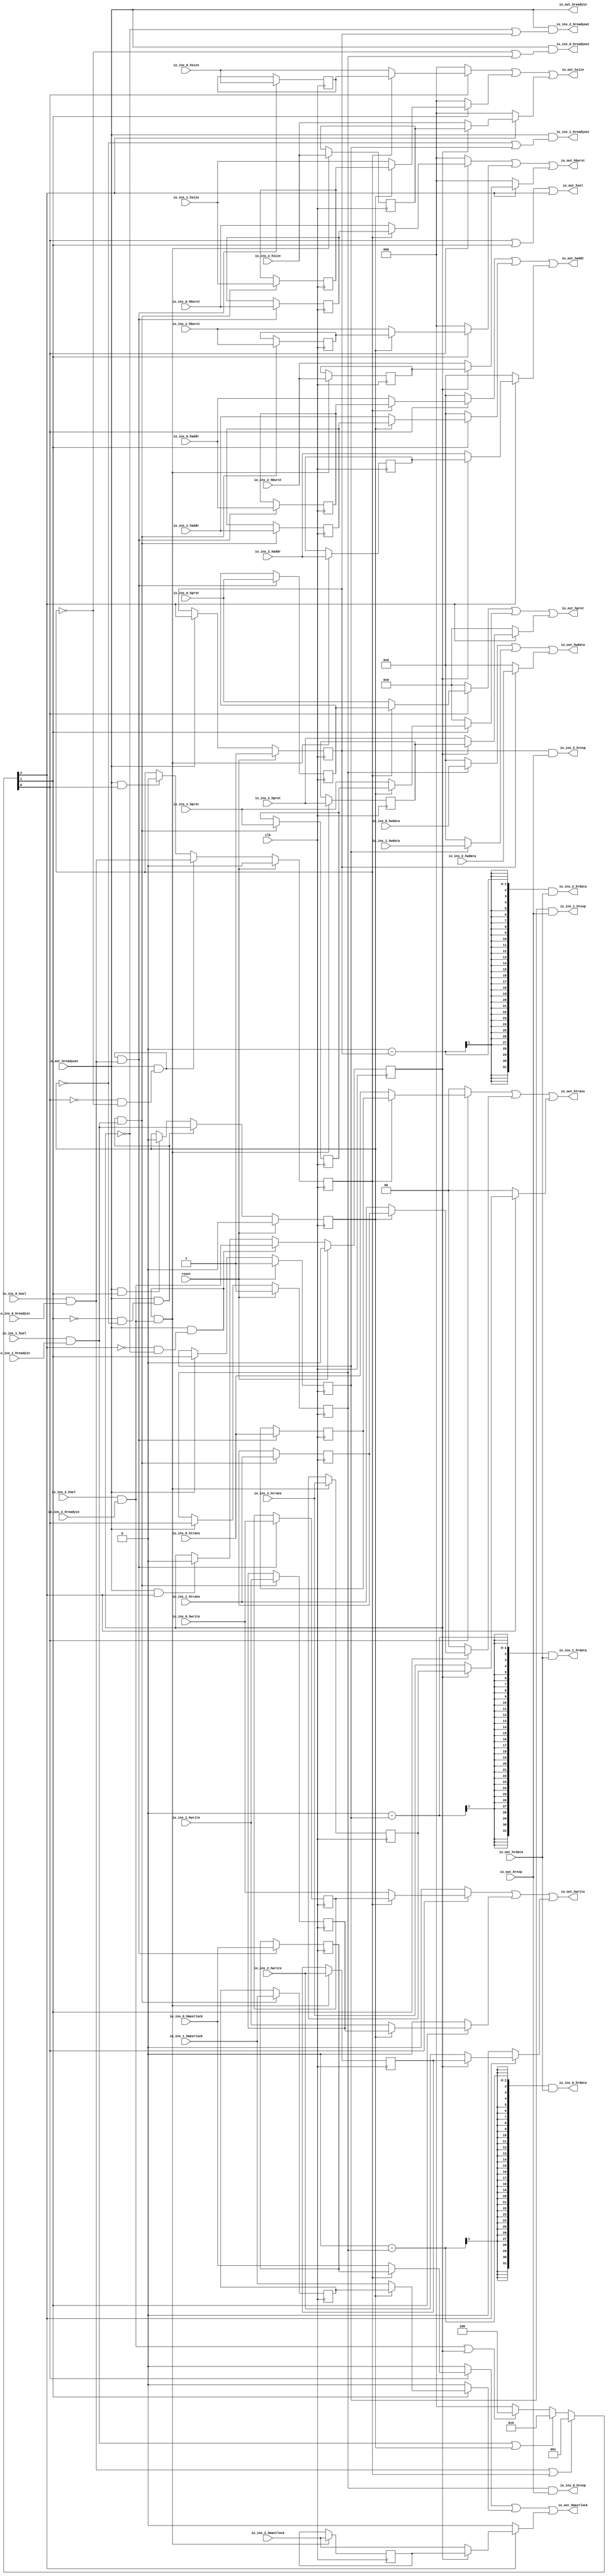

module HastiSlaveMux(input clk, input reset,
    input [31:0] io_ins_2_haddr,
    input  io_ins_2_hwrite,
    input [2:0] io_ins_2_hsize,
    input [2:0] io_ins_2_hburst,
    input [3:0] io_ins_2_hprot,
    input [1:0] io_ins_2_htrans,
    input  io_ins_2_hmastlock,
    input [31:0] io_ins_2_hwdata,
    output[31:0] io_ins_2_hrdata,
    input  io_ins_2_hsel,
    input  io_ins_2_hreadyin,
    output io_ins_2_hreadyout,
    output io_ins_2_hresp,
    input [31:0] io_ins_1_haddr,
    input  io_ins_1_hwrite,
    input [2:0] io_ins_1_hsize,
    input [2:0] io_ins_1_hburst,
    input [3:0] io_ins_1_hprot,
    input [1:0] io_ins_1_htrans,
    input  io_ins_1_hmastlock,
    input [31:0] io_ins_1_hwdata,
    output[31:0] io_ins_1_hrdata,
    input  io_ins_1_hsel,
    input  io_ins_1_hreadyin,
    output io_ins_1_hreadyout,
    output io_ins_1_hresp,
    input [31:0] io_ins_0_haddr,
    input  io_ins_0_hwrite,
    input [2:0] io_ins_0_hsize,
    input [2:0] io_ins_0_hburst,
    input [3:0] io_ins_0_hprot,
    input [1:0] io_ins_0_htrans,
    input  io_ins_0_hmastlock,
    input [31:0] io_ins_0_hwdata,
    output[31:0] io_ins_0_hrdata,
    input  io_ins_0_hsel,
    input  io_ins_0_hreadyin,
    output io_ins_0_hreadyout,
    output io_ins_0_hresp,
    output[31:0] io_out_haddr,
    output io_out_hwrite,
    output[2:0] io_out_hsize,
    output[2:0] io_out_hburst,
    output[3:0] io_out_hprot,
    output[1:0] io_out_htrans,
    output io_out_hmastlock,
    output[31:0] io_out_hwdata,
    input [31:0] io_out_hrdata,
    output io_out_hsel,
    output io_out_hreadyin,
    input  io_out_hreadyout,
    input  io_out_hresp
);

  wire T0;
  wire T1;
  wire[2:0] T2;
  wire[2:0] T3;
  wire[2:0] T4;
  wire requests_2;
  reg  R5;
  wire T168;
  wire T6;
  wire T7;
  wire T8;
  wire T9;
  wire T10;
  wire T11;
  wire T12;
  wire T13;
  wire T14;
  wire requests_1;
  reg  R15;
  wire T169;
  wire T16;
  wire T17;
  wire T18;
  wire T19;
  wire T20;
  wire T21;
  wire T22;
  wire T23;
  wire T24;
  wire T25;
  wire requests_0;
  reg  R26;
  wire T170;
  wire T27;
  wire T28;
  wire T29;
  wire T30;
  wire T31;
  wire T32;
  wire T33;
  wire T34;
  wire T35;
  wire T36;
  wire T37;
  wire[31:0] T38;
  wire[31:0] T39;
  reg  R40;
  wire T171;
  wire T41;
  wire[31:0] T42;
  wire[31:0] T43;
  reg  R44;
  wire T172;
  wire T45;
  wire[31:0] T46;
  reg  R47;
  wire T173;
  wire T48;
  wire T49;
  wire T50;
  wire T51;
  reg  R52;
  wire T53;
  wire T54;
  wire T55;
  wire T56;
  wire T57;
  reg  R58;
  wire T59;
  wire T60;
  wire T61;
  wire T62;
  reg  R63;
  wire T64;
  wire T65;
  wire[1:0] T66;
  wire[1:0] T67;
  wire[1:0] T68;
  reg [1:0] R69;
  wire[1:0] T70;
  wire[1:0] T71;
  wire[1:0] T72;
  wire[1:0] T73;
  reg [1:0] R74;
  wire[1:0] T75;
  wire[1:0] T76;
  wire[1:0] T77;
  reg [1:0] R78;
  wire[1:0] T79;
  wire[3:0] T80;
  wire[3:0] T81;
  wire[3:0] T82;
  reg [3:0] R83;
  wire[3:0] T84;
  wire[3:0] T85;
  wire[3:0] T86;
  wire[3:0] T87;
  reg [3:0] R88;
  wire[3:0] T89;
  wire[3:0] T90;
  wire[3:0] T91;
  reg [3:0] R92;
  wire[3:0] T93;
  wire[2:0] T94;
  wire[2:0] T95;
  wire[2:0] T96;
  reg [2:0] R97;
  wire[2:0] T98;
  wire[2:0] T99;
  wire[2:0] T100;
  wire[2:0] T101;
  reg [2:0] R102;
  wire[2:0] T103;
  wire[2:0] T104;
  wire[2:0] T105;
  reg [2:0] R106;
  wire[2:0] T107;
  wire[2:0] T108;
  wire[2:0] T109;
  wire[2:0] T110;
  reg [2:0] R111;
  wire[2:0] T112;
  wire[2:0] T113;
  wire[2:0] T114;
  wire[2:0] T115;
  reg [2:0] R116;
  wire[2:0] T117;
  wire[2:0] T118;
  wire[2:0] T119;
  reg [2:0] R120;
  wire[2:0] T121;
  wire T122;
  wire T123;
  wire T124;
  reg  R125;
  wire T126;
  wire T127;
  wire T128;
  wire T129;
  reg  R130;
  wire T131;
  wire T132;
  wire T133;
  reg  R134;
  wire T135;
  wire[31:0] T136;
  wire[31:0] T137;
  wire[31:0] T138;
  reg [31:0] R139;
  wire[31:0] T140;
  wire[31:0] T141;
  wire[31:0] T142;
  wire[31:0] T143;
  reg [31:0] R144;
  wire[31:0] T145;
  wire[31:0] T146;
  wire[31:0] T147;
  reg [31:0] R148;
  wire[31:0] T149;
  wire T150;
  wire T151;
  wire T152;
  wire T153;
  wire[31:0] T154;
  wire[31:0] T155;
  wire[31:0] T174;
  wire T156;
  wire T157;
  wire T158;
  wire T159;
  wire[31:0] T160;
  wire[31:0] T161;
  wire[31:0] T175;
  wire T162;
  wire T163;
  wire T164;
  wire T165;
  wire[31:0] T166;
  wire[31:0] T167;
  wire[31:0] T176;

`ifndef AHBMLI_SYNTHESIS
// synthesis translate_off
  integer initvar;
  initial begin
    #0.002;
    R5 = {1{$random}};
    R15 = {1{$random}};
    R26 = {1{$random}};
    R40 = {1{$random}};
    R44 = {1{$random}};
    R47 = {1{$random}};
    R52 = {1{$random}};
    R58 = {1{$random}};
    R63 = {1{$random}};
    R69 = {1{$random}};
    R74 = {1{$random}};
    R78 = {1{$random}};
    R83 = {1{$random}};
    R88 = {1{$random}};
    R92 = {1{$random}};
    R97 = {1{$random}};
    R102 = {1{$random}};
    R106 = {1{$random}};
    R111 = {1{$random}};
    R116 = {1{$random}};
    R120 = {1{$random}};
    R125 = {1{$random}};
    R130 = {1{$random}};
    R134 = {1{$random}};
    R139 = {1{$random}};
    R144 = {1{$random}};
    R148 = {1{$random}};
  end
// synthesis translate_on
`endif

  assign io_out_hreadyin = io_out_hreadyout;
  assign io_out_hsel = T0;
  assign T0 = T37 | T1;
  assign T1 = T2[2'h2];
  assign T2 = requests_0 ? 3'h1 : T3;
  assign T3 = requests_1 ? 3'h2 : T4;
  assign T4 = requests_2 ? 3'h4 : 3'h0;
  assign requests_2 = T14 | R5;
  assign T168 = reset ? 1'h0 : T6;
  assign T6 = T10 ? T9 : T7;
  assign T7 = T8 ? 1'h0 : R5;
  assign T8 = io_out_hreadyout & T1;
  assign T9 = io_ins_2_hsel & io_ins_2_hreadyin;
  assign T10 = io_out_hreadyout & T11;
  assign T11 = T13 & T12;
  assign T12 = R5 ^ 1'h1;
  assign T13 = T1 ^ 1'h1;
  assign T14 = io_ins_2_hsel & io_ins_2_hreadyin;
  assign requests_1 = T25 | R15;
  assign T169 = reset ? 1'h0 : T16;
  assign T16 = T21 ? T20 : T17;
  assign T17 = T18 ? 1'h0 : R15;
  assign T18 = io_out_hreadyout & T19;
  assign T19 = T2[1'h1];
  assign T20 = io_ins_1_hsel & io_ins_1_hreadyin;
  assign T21 = io_out_hreadyout & T22;
  assign T22 = T24 & T23;
  assign T23 = R15 ^ 1'h1;
  assign T24 = T19 ^ 1'h1;
  assign T25 = io_ins_1_hsel & io_ins_1_hreadyin;
  assign requests_0 = T36 | R26;
  assign T170 = reset ? 1'h0 : T27;
  assign T27 = T32 ? T31 : T28;
  assign T28 = T29 ? 1'h0 : R26;
  assign T29 = io_out_hreadyout & T30;
  assign T30 = T2[1'h0];
  assign T31 = io_ins_0_hsel & io_ins_0_hreadyin;
  assign T32 = io_out_hreadyout & T33;
  assign T33 = T35 & T34;
  assign T34 = R26 ^ 1'h1;
  assign T35 = T30 ^ 1'h1;
  assign T36 = io_ins_0_hsel & io_ins_0_hreadyin;
  assign T37 = T30 | T19;
  assign io_out_hwdata = T38;
  assign T38 = T42 | T39;
  assign T39 = R40 ? io_ins_2_hwdata : 32'h0;
  assign T171 = reset ? 1'h1 : T41;
  assign T41 = io_out_hreadyout ? T1 : R40;
  assign T42 = T46 | T43;
  assign T43 = R44 ? io_ins_1_hwdata : 32'h0;
  assign T172 = reset ? 1'h1 : T45;
  assign T45 = io_out_hreadyout ? T19 : R44;
  assign T46 = R47 ? io_ins_0_hwdata : 32'h0;
  assign T173 = reset ? 1'h1 : T48;
  assign T48 = io_out_hreadyout ? T30 : R47;
  assign io_out_hmastlock = T49;
  assign T49 = T55 | T50;
  assign T50 = T1 ? T51 : 1'h0;
  assign T51 = R5 ? R52 : io_ins_2_hmastlock;
  assign T53 = T54 ? io_ins_2_hmastlock : R52;
  assign T54 = T10 & T9;
  assign T55 = T61 | T56;
  assign T56 = T19 ? T57 : 1'h0;
  assign T57 = R15 ? R58 : io_ins_1_hmastlock;
  assign T59 = T60 ? io_ins_1_hmastlock : R58;
  assign T60 = T21 & T20;
  assign T61 = T30 ? T62 : 1'h0;
  assign T62 = R26 ? R63 : io_ins_0_hmastlock;
  assign T64 = T65 ? io_ins_0_hmastlock : R63;
  assign T65 = T32 & T31;
  assign io_out_htrans = T66;
  assign T66 = T71 | T67;
  assign T67 = T1 ? T68 : 2'h0;
  assign T68 = R5 ? R69 : io_ins_2_htrans;
  assign T70 = T54 ? io_ins_2_htrans : R69;
  assign T71 = T76 | T72;
  assign T72 = T19 ? T73 : 2'h0;
  assign T73 = R15 ? R74 : io_ins_1_htrans;
  assign T75 = T60 ? io_ins_1_htrans : R74;
  assign T76 = T30 ? T77 : 2'h0;
  assign T77 = R26 ? R78 : io_ins_0_htrans;
  assign T79 = T65 ? io_ins_0_htrans : R78;
  assign io_out_hprot = T80;
  assign T80 = T85 | T81;
  assign T81 = T1 ? T82 : 4'h0;
  assign T82 = R5 ? R83 : io_ins_2_hprot;
  assign T84 = T54 ? io_ins_2_hprot : R83;
  assign T85 = T90 | T86;
  assign T86 = T19 ? T87 : 4'h0;
  assign T87 = R15 ? R88 : io_ins_1_hprot;
  assign T89 = T60 ? io_ins_1_hprot : R88;
  assign T90 = T30 ? T91 : 4'h0;
  assign T91 = R26 ? R92 : io_ins_0_hprot;
  assign T93 = T65 ? io_ins_0_hprot : R92;
  assign io_out_hburst = T94;
  assign T94 = T99 | T95;
  assign T95 = T1 ? T96 : 3'h0;
  assign T96 = R5 ? R97 : io_ins_2_hburst;
  assign T98 = T54 ? io_ins_2_hburst : R97;
  assign T99 = T104 | T100;
  assign T100 = T19 ? T101 : 3'h0;
  assign T101 = R15 ? R102 : io_ins_1_hburst;
  assign T103 = T60 ? io_ins_1_hburst : R102;
  assign T104 = T30 ? T105 : 3'h0;
  assign T105 = R26 ? R106 : io_ins_0_hburst;
  assign T107 = T65 ? io_ins_0_hburst : R106;
  assign io_out_hsize = T108;
  assign T108 = T113 | T109;
  assign T109 = T1 ? T110 : 3'h0;
  assign T110 = R5 ? R111 : io_ins_2_hsize;
  assign T112 = T54 ? io_ins_2_hsize : R111;
  assign T113 = T118 | T114;
  assign T114 = T19 ? T115 : 3'h0;
  assign T115 = R15 ? R116 : io_ins_1_hsize;
  assign T117 = T60 ? io_ins_1_hsize : R116;
  assign T118 = T30 ? T119 : 3'h0;
  assign T119 = R26 ? R120 : io_ins_0_hsize;
  assign T121 = T65 ? io_ins_0_hsize : R120;
  assign io_out_hwrite = T122;
  assign T122 = T127 | T123;
  assign T123 = T1 ? T124 : 1'h0;
  assign T124 = R5 ? R125 : io_ins_2_hwrite;
  assign T126 = T54 ? io_ins_2_hwrite : R125;
  assign T127 = T132 | T128;
  assign T128 = T19 ? T129 : 1'h0;
  assign T129 = R15 ? R130 : io_ins_1_hwrite;
  assign T131 = T60 ? io_ins_1_hwrite : R130;
  assign T132 = T30 ? T133 : 1'h0;
  assign T133 = R26 ? R134 : io_ins_0_hwrite;
  assign T135 = T65 ? io_ins_0_hwrite : R134;
  assign io_out_haddr = T136;
  assign T136 = T141 | T137;
  assign T137 = T1 ? T138 : 32'h0;
  assign T138 = R5 ? R139 : io_ins_2_haddr;
  assign T140 = T54 ? io_ins_2_haddr : R139;
  assign T141 = T146 | T142;
  assign T142 = T19 ? T143 : 32'h0;
  assign T143 = R15 ? R144 : io_ins_1_haddr;
  assign T145 = T60 ? io_ins_1_haddr : R144;
  assign T146 = T30 ? T147 : 32'h0;
  assign T147 = R26 ? R148 : io_ins_0_haddr;
  assign T149 = T65 ? io_ins_0_haddr : R148;
  assign io_ins_0_hresp = T150;
  assign T150 = R47 & io_out_hresp;
  assign io_ins_0_hreadyout = T151;
  assign T151 = io_out_hreadyout & T152;
  assign T152 = T153 | R47;
  assign T153 = R26 ^ 1'h1;
  assign io_ins_0_hrdata = T154;
  assign T154 = T155 & io_out_hrdata;
  assign T155 = 32'h0 - T174;
  assign T174 = {31'h0, R47};
  assign io_ins_1_hresp = T156;
  assign T156 = R44 & io_out_hresp;
  assign io_ins_1_hreadyout = T157;
  assign T157 = io_out_hreadyout & T158;
  assign T158 = T159 | R44;
  assign T159 = R15 ^ 1'h1;
  assign io_ins_1_hrdata = T160;
  assign T160 = T161 & io_out_hrdata;
  assign T161 = 32'h0 - T175;
  assign T175 = {31'h0, R44};
  assign io_ins_2_hresp = T162;
  assign T162 = R40 & io_out_hresp;
  assign io_ins_2_hreadyout = T163;
  assign T163 = io_out_hreadyout & T164;
  assign T164 = T165 | R40;
  assign T165 = R5 ^ 1'h1;
  assign io_ins_2_hrdata = T166;
  assign T166 = T167 & io_out_hrdata;
  assign T167 = 32'h0 - T176;
  assign T176 = {31'h0, R40};

  always @(posedge clk) begin
    if(reset) begin
      R5 <= 1'h0;
    end else if(T10) begin
      R5 <= T9;
    end else if(T8) begin
      R5 <= 1'h0;
    end
    if(reset) begin
      R15 <= 1'h0;
    end else if(T21) begin
      R15 <= T20;
    end else if(T18) begin
      R15 <= 1'h0;
    end
    if(reset) begin
      R26 <= 1'h0;
    end else if(T32) begin
      R26 <= T31;
    end else if(T29) begin
      R26 <= 1'h0;
    end
    if(reset) begin
      R40 <= 1'h1;
    end else if(io_out_hreadyout) begin
      R40 <= T1;
    end
    if(reset) begin
      R44 <= 1'h1;
    end else if(io_out_hreadyout) begin
      R44 <= T19;
    end
    if(reset) begin
      R47 <= 1'h1;
    end else if(io_out_hreadyout) begin
      R47 <= T30;
    end
    if(T54) begin
      R52 <= io_ins_2_hmastlock;
    end
    if(T60) begin
      R58 <= io_ins_1_hmastlock;
    end
    if(T65) begin
      R63 <= io_ins_0_hmastlock;
    end
    if(T54) begin
      R69 <= io_ins_2_htrans;
    end
    if(T60) begin
      R74 <= io_ins_1_htrans;
    end
    if(T65) begin
      R78 <= io_ins_0_htrans;
    end
    if(T54) begin
      R83 <= io_ins_2_hprot;
    end
    if(T60) begin
      R88 <= io_ins_1_hprot;
    end
    if(T65) begin
      R92 <= io_ins_0_hprot;
    end
    if(T54) begin
      R97 <= io_ins_2_hburst;
    end
    if(T60) begin
      R102 <= io_ins_1_hburst;
    end
    if(T65) begin
      R106 <= io_ins_0_hburst;
    end
    if(T54) begin
      R111 <= io_ins_2_hsize;
    end
    if(T60) begin
      R116 <= io_ins_1_hsize;
    end
    if(T65) begin
      R120 <= io_ins_0_hsize;
    end
    if(T54) begin
      R125 <= io_ins_2_hwrite;
    end
    if(T60) begin
      R130 <= io_ins_1_hwrite;
    end
    if(T65) begin
      R134 <= io_ins_0_hwrite;
    end
    if(T54) begin
      R139 <= io_ins_2_haddr;
    end
    if(T60) begin
      R144 <= io_ins_1_haddr;
    end
    if(T65) begin
      R148 <= io_ins_0_haddr;
    end
  end
endmodule